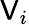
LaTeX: \mathsf{V}_{i}